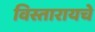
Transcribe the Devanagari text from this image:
विस्तारायचे